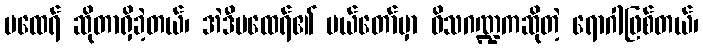
မထေရ် ဆိုတာရှိခဲ့တယ်၊ အဲဒီမထေရ်၏ မယ်တော်မှာ ဝိသဂဏ္ဍကဆိုတဲ့ ရောဂါဖြစ်တယ်၊